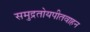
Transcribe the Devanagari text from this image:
समुद्रतोयपीतवाहन